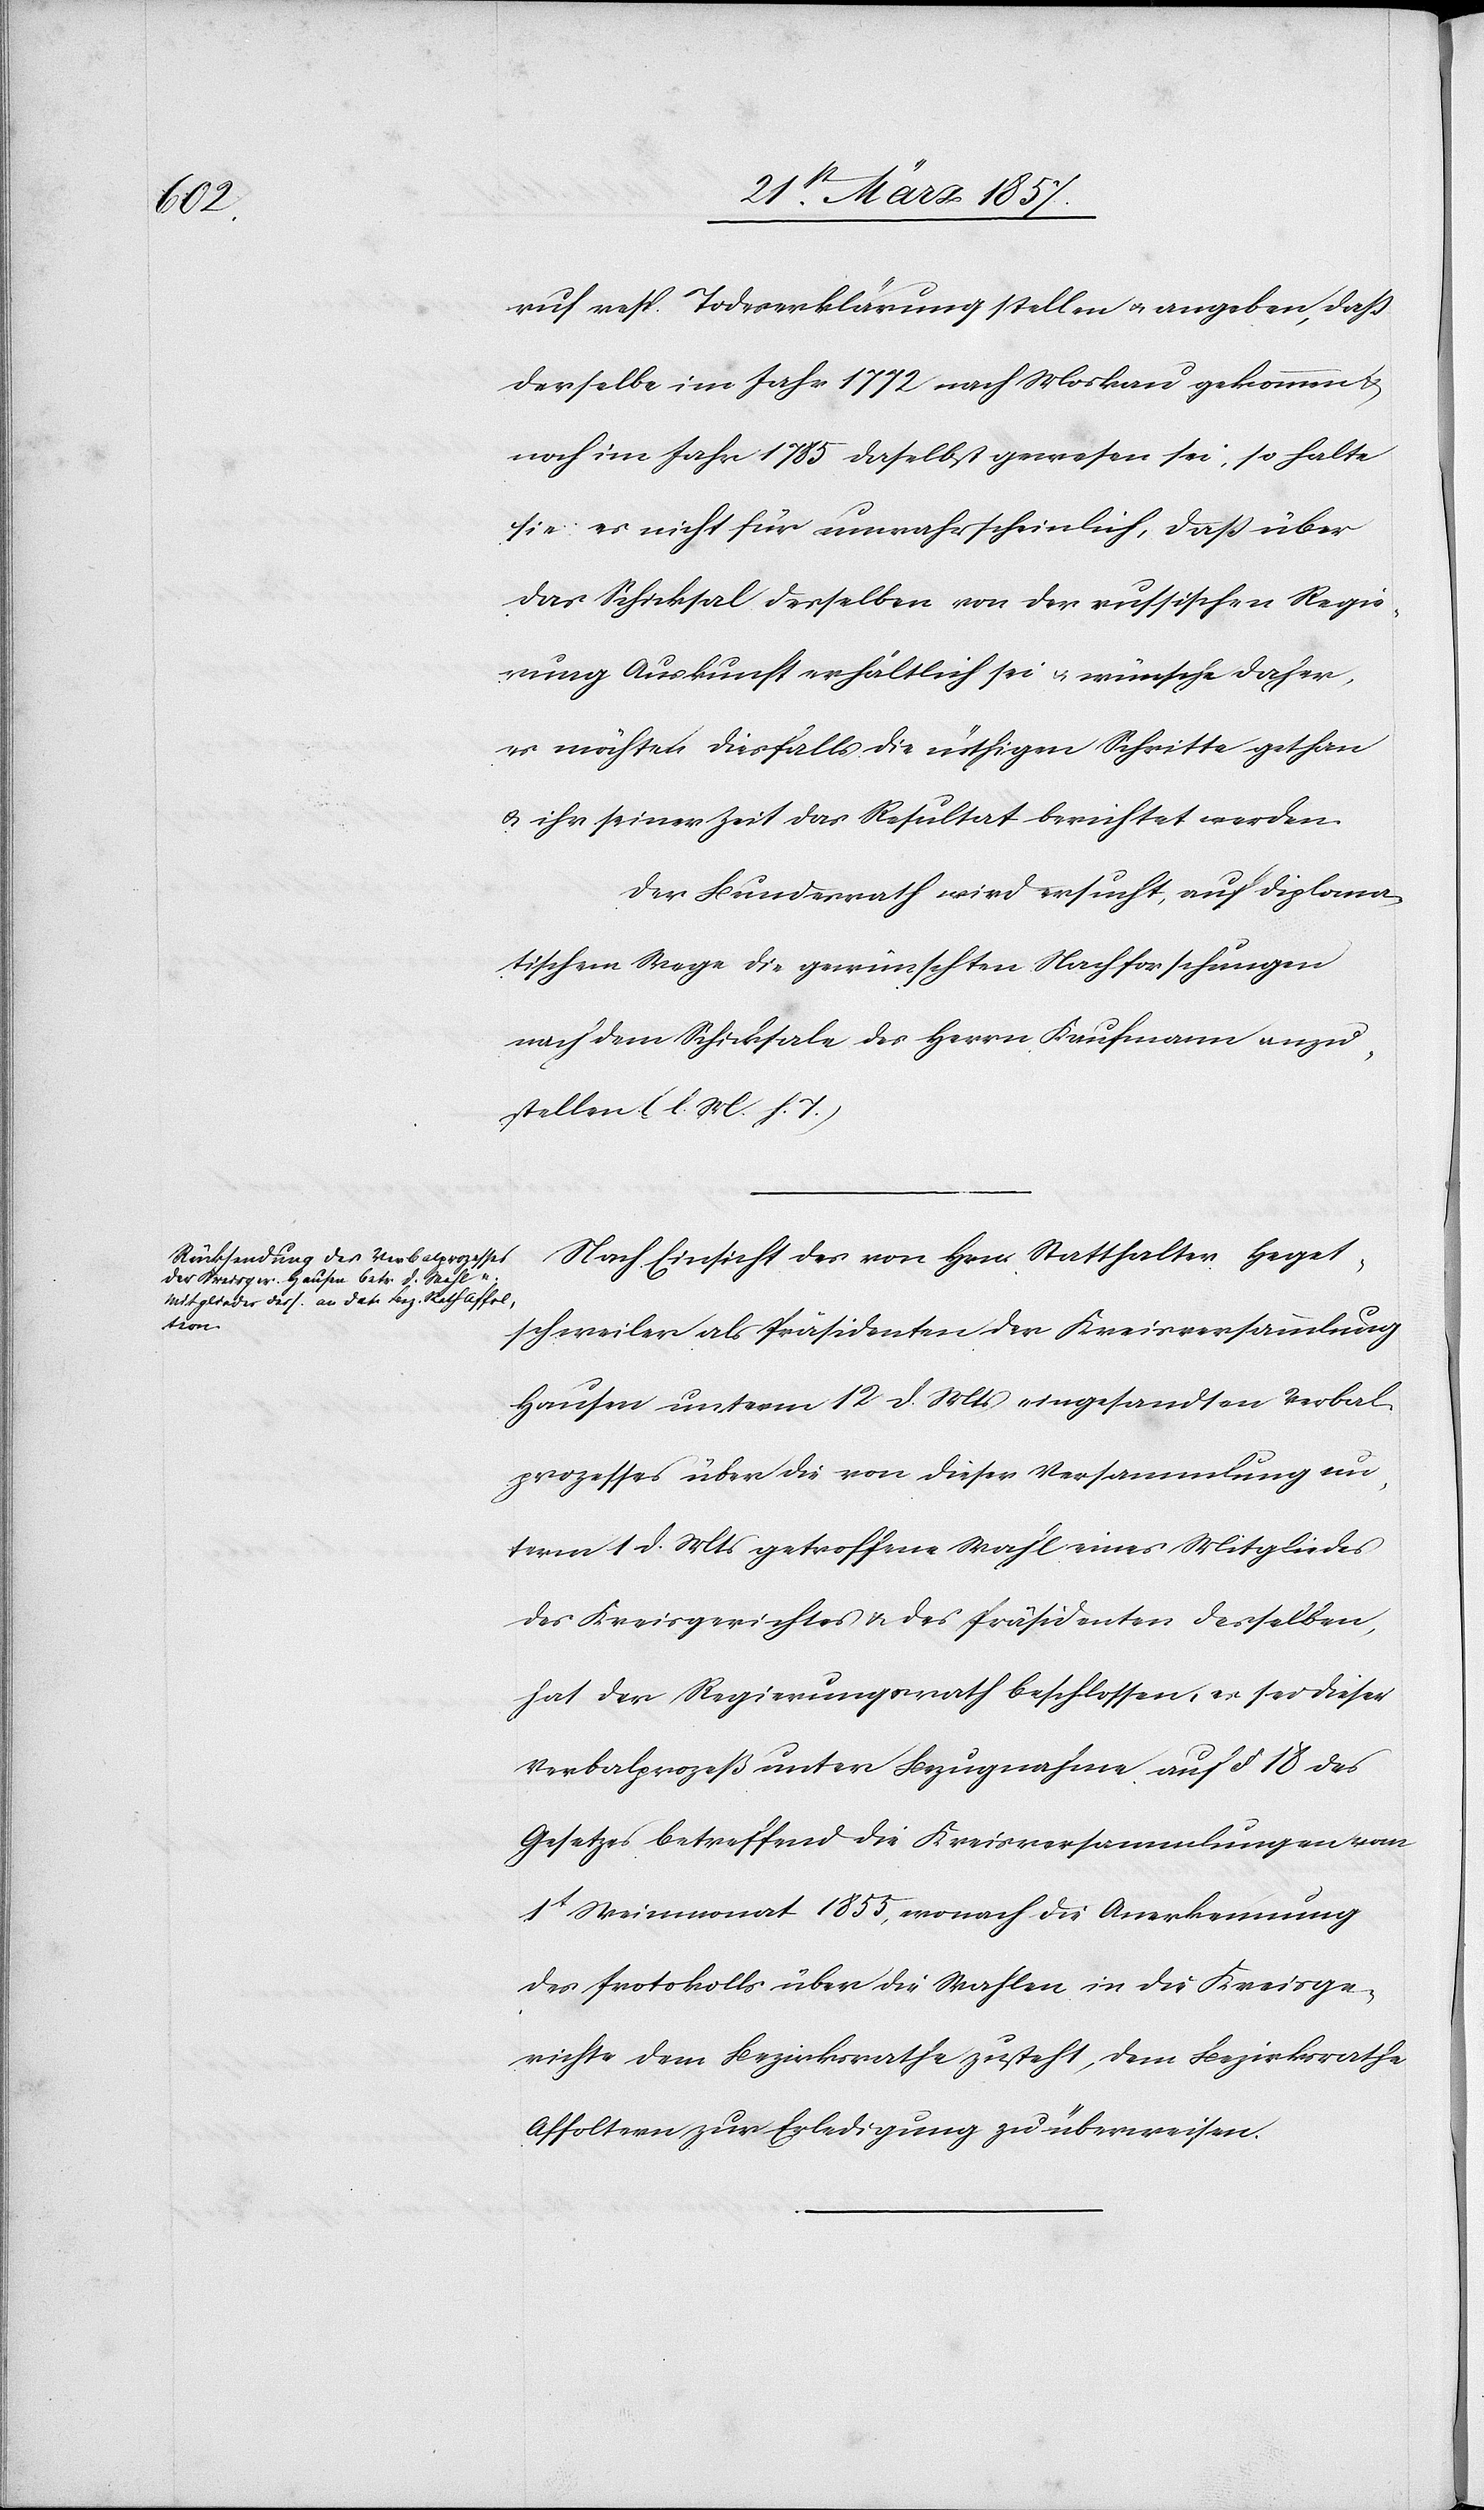
ruf resp. Todeserklärung stellen u. angeben, daß
derselbe im Jahr 1772 nach Moskau gekommen &
noch im Jahr 1785 daselbst gewesen sei, so halte
sie es nicht für unwahrscheinlich, daß über
das Schiksal desselben von der russischen Regie¬
rung Auskunft erhältlich sei u. wünsche daher,
es möchten diesfalls die nöthigen Schritte gethan
u. ihr seiner Zeit das Resultat berichtet werden.
Der Bundesrath wird ersucht, auf diploma¬
tischem Wege die gewünschten Nachforschungen
nach dem Schicksale des Herrn Kaufmann anzu¬
stellen (l. M. h. T.)
Nach Einsicht des von Hrn. Statthalter Heget¬
schweiler als Präsidenten der Kreisversammlung
Hausen unterm 12 d. Mts eingesandten Verbal¬
prozesses über die von dieser Versammlung un¬
term 1 d. Mts getroffene Wahl eines Mitgliedes
des Kreisgerichtes & des Präsidenten desselben,
hat der Regierungsrath beschlossen, es sei dieser
Verbalprozeß unter Bezugnahme auf § 18 des
Gesetzes betreffend die Kreisversammlungen vom
1t Weinmonat 1855, wonach die Anerkennung
des Protokolls über die Wahlen in die Kreisge¬
richte dem Bezirksrathe zusteht, dem Bezirksrathe
Affoltern zur Erledigung zu überweisen.